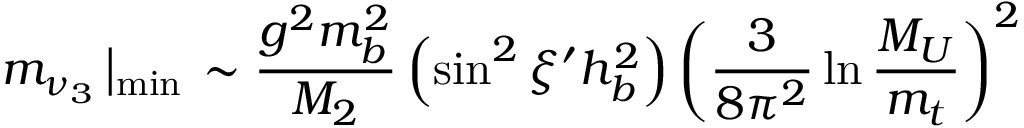
m _ { \nu _ { 3 } } \left| _ { \mathrm { m i n } } \right. \sim \frac { g ^ { 2 } m _ { b } ^ { 2 } } { M _ { 2 } } \left( \sin ^ { 2 } \xi ^ { \prime } h _ { b } ^ { 2 } \right) \left( \frac 3 { 8 \pi ^ { 2 } } \ln \frac { M _ { U } } { m _ { t } } \right) ^ { 2 }